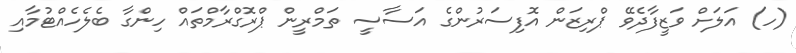
(ހ) އަލަށް ވަޒީފާދެވޭ ޕްރިޒަން އޮފިސަރުންގެ އަސާސީ ތަމްރީން ޕްރޮގްރާމްތައް ހިންގާ ބެލެހެއްޓުމާއި